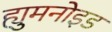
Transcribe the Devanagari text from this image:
ह्युमनोइड